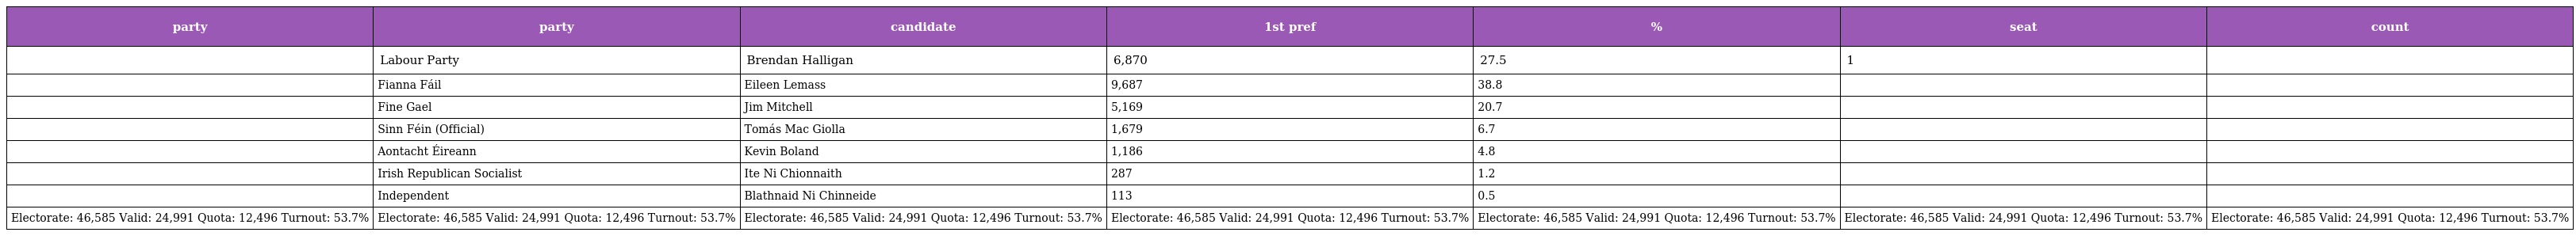
| party | party | candidate | 1st pref | % | seat | count |
 | --- | --- | --- | --- | --- | --- | --- |
 |  | Labour Party | Brendan Halligan | 6,870 | 27.5 | 1 |  |
 |  | Fianna Fáil | Eileen Lemass | 9,687 | 38.8 |  |  |
 |  | Fine Gael | Jim Mitchell | 5,169 | 20.7 |  |  |
 |  | Sinn Féin (Official) | Tomás Mac Giolla | 1,679 | 6.7 |  |  |
 |  | Aontacht Éireann | Kevin Boland | 1,186 | 4.8 |  |  |
 |  | Irish Republican Socialist | Ite Ni Chionnaith | 287 | 1.2 |  |  |
 |  | Independent | Blathnaid Ni Chinneide | 113 | 0.5 |  |  |
 | Electorate: 46,585 Valid: 24,991 Quota: 12,496 Turnout: 53.7% | Electorate: 46,585 Valid: 24,991 Quota: 12,496 Turnout: 53.7% | Electorate: 46,585 Valid: 24,991 Quota: 12,496 Turnout: 53.7% | Electorate: 46,585 Valid: 24,991 Quota: 12,496 Turnout: 53.7% | Electorate: 46,585 Valid: 24,991 Quota: 12,496 Turnout: 53.7% | Electorate: 46,585 Valid: 24,991 Quota: 12,496 Turnout: 53.7% | Electorate: 46,585 Valid: 24,991 Quota: 12,496 Turnout: 53.7% |